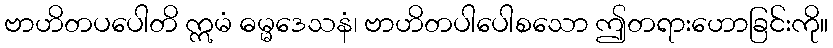
ဗာဟိတပပေါတိ ဣမံ ဓမ္မဒေသနံ၊ ဗာဟိတပါပေါစသော ဤတရားဟောခြင်းကို။